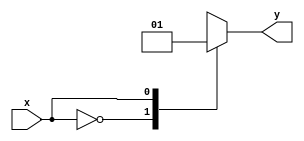
module x_case_example (
    input wire x,
    output reg y
);

always @ (*)
begin
    case (x)
        2'b00: y = 1'b0;
        2'b01: y = 1'b1;
        2'b1X: y = 1'b0;
        default: y = 1'b1;
    endcase
end

endmodule